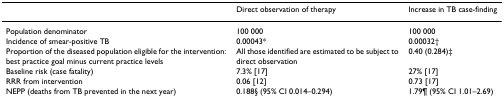
|  | Direct observation of therapy | Increase in TB case-finding |
 | --- | --- | --- |
 | Population denominator | 100 000 | 100 000 |
 | Incidence of smear-positive TB | 0.00043* | 0.00032† |
 | Proportion of the diseased population eligible for the intervention: best practice goal minus current practice levels | All those identified are estimated to be subject to direct observation | 0.40 (0.284)‡ |
 | Baseline risk (case fatality) | 7.3% [17] | 27% [17] |
 | RRR from intervention | 0.06 [12] | 0.73 [17] |
 | NEPP (deaths from TB prevented in the next year) | 0.188§ (95% CI 0.014–0.294) | 1.79¶ (95% CI 1.01–2.69) |